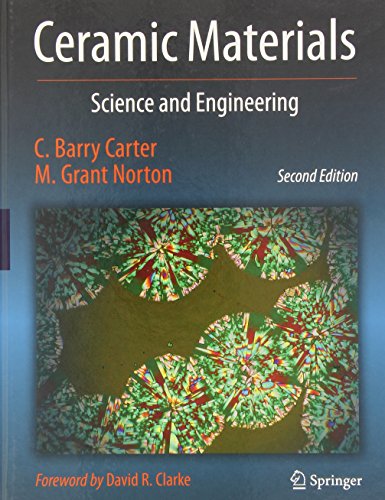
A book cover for Ceramic Materials: Science and Engineering; C. Barry Carter; Science & Math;